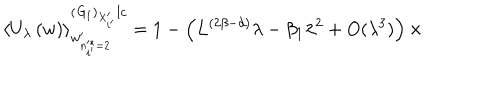
\left\langle U _ { \lambda } \left( w \right) \right\rangle _ { w _ { n _ { i ^ { \prime } } ^ { * } = 2 } ^ { \prime } } ^ { \left( { \it G } _ { 1 } \right) _ { X _ { i ^ { \prime } } ^ { \prime } } l c } = 1 - \left( L ^ { ( 2 \beta - d ) } \lambda - \beta _ { 1 } \lambda ^ { 2 } + O ( \lambda ^ { 3 } ) \right) \times